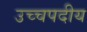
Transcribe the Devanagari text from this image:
उच्चपदीय